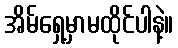
အိမ်ရှေ့မှာမထိုင်ပါနဲ့။